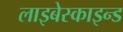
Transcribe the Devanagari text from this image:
लाइबेस्काइन्ड